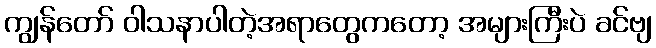
ကျွန်တော် ဝါသနာပါတဲ့အရာတွေကတော့ အများကြီးပဲ ခင်ဗျ